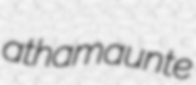
athamaunte